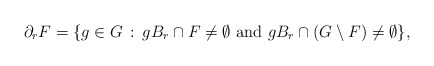
\begin{align*} \partial_r F = \{g \in G\,:\, g B_r \cap F \neq \emptyset \mbox{ and } g B_r \cap (G \setminus F) \neq \emptyset\}, \end{align*}